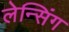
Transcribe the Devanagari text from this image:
लेन्सिंग